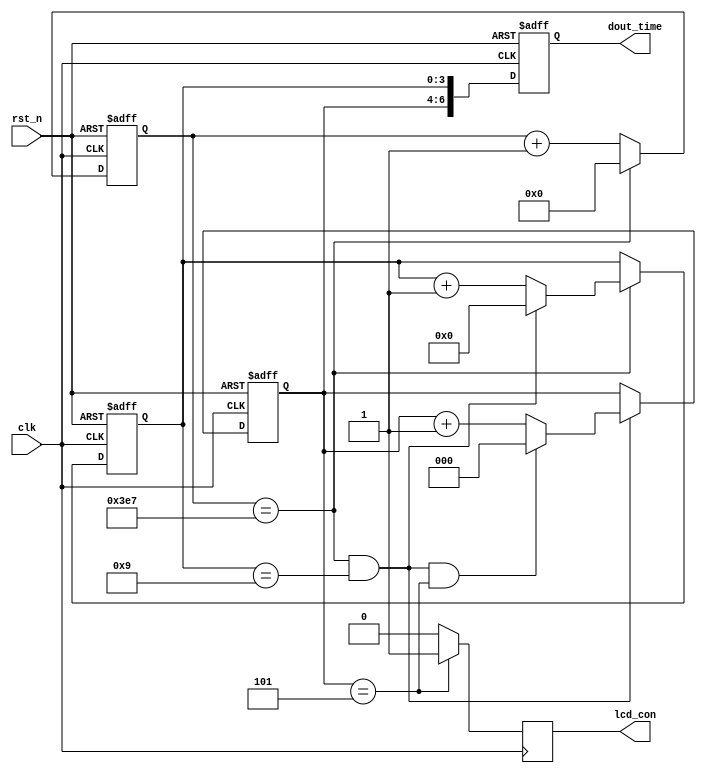
module counter (
    input  wire         clk             ,
    input  wire         rst_n           ,
    output reg [6:0]   dout_time        ,   // HH:MM:SS
    output reg          lcd_con
);
//
reg  [25:0]    cnt    ;
wire           add_cnt;
wire           end_cnt; 
//S

// (0~9)
reg  [3:0]      cnt_s_bit;
wire            add_cnt_s_bit;
wire            end_cnt_s_bit;
// (0~5)
reg  [2:0]      cnt_s_ten;
wire            add_cnt_s_ten;
wire            end_cnt_s_ten;

//M

reg [3:0]       flag;
parameter   MAX_CNT=11'd1000;
// reg end_cnt_ten_dit;

always @(posedge clk) begin
    if(cnt_s_ten==5) begin
        lcd_con <= 1'b1;
    end
    else begin
        lcd_con <= 1'b0;
    end



end
//
always @(posedge clk or negedge rst_n) begin
    if(!rst_n) begin
        cnt<=0;
    end
    else if (add_cnt) begin
        if (end_cnt) begin
            cnt<=0;
        end
        else
            cnt<=cnt+1;
    end
end

assign add_cnt=1'b1;    
assign end_cnt=add_cnt&&cnt==MAX_CNT-1;

//---(0~9)
always @(posedge clk or negedge rst_n) begin
    if (!rst_n) begin
        cnt_s_bit<=0;
    end
    else if (add_cnt_s_bit) begin
        if (end_cnt_s_bit) begin
            cnt_s_bit<=0;
        end
        else
            cnt_s_bit<=cnt_s_bit+1;
    end

end

assign add_cnt_s_bit=end_cnt;
assign end_cnt_s_bit=add_cnt_s_bit&&cnt_s_bit==9;

//---(0~5)
always @(posedge clk or negedge rst_n) begin
    if (!rst_n) begin
        cnt_s_ten<=0;
    end
    else if (add_cnt_s_ten) begin
        if (end_cnt_s_ten) begin
            cnt_s_ten<=0;
        end
        else
            cnt_s_ten<=cnt_s_ten+1;
    end

end

assign add_cnt_s_ten=end_cnt_s_bit;
assign end_cnt_s_ten=add_cnt_s_ten&&cnt_s_ten==5;


//dout_time
always @(posedge clk or negedge rst_n) begin
    if (!rst_n) begin
        dout_time<=7'b0;
    end
    else
        dout_time<={cnt_s_ten,cnt_s_bit};  // HH:MM:SS
end
endmodule //counter